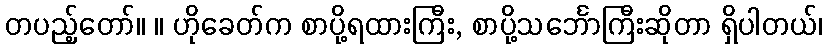
တပည့်တော်။ ။ ဟိုခေတ်က စာပို့ရထားကြီး, စာပို့သင်္ဘောကြီးဆိုတာ ရှိပါတယ်၊